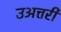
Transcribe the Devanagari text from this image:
उअत्तरी